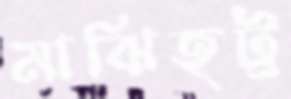
মাঝিহট্ট